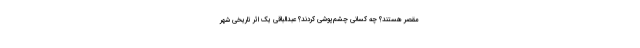
مقصر هستند؟ چه کسانی چشم‌پوشی کردند؟ عبدالباقی یک اثر تاریخی شهر